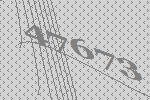
47673